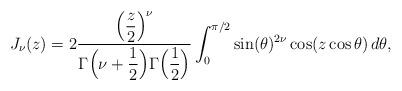
LaTeX: \begin{align*}J_{\nu}(z) = 2 \frac{\Bigl(\dfrac{z}{2}\Bigr)^\nu}{\Gamma\Bigl(\nu + \dfrac{1}{2}\Bigr) \Gamma\Bigl(\dfrac{1}{2}\Bigr)} \int_0^{\pi/2} \sin(\theta)^{2 \nu} \cos(z \cos \theta) \, d \theta,\end{align*}